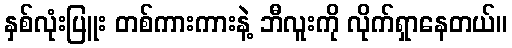
နှစ်လုံးပြူး တစ်ကားကားနဲ့ ဘီလူးကို လိုက်ရှာနေတယ်။